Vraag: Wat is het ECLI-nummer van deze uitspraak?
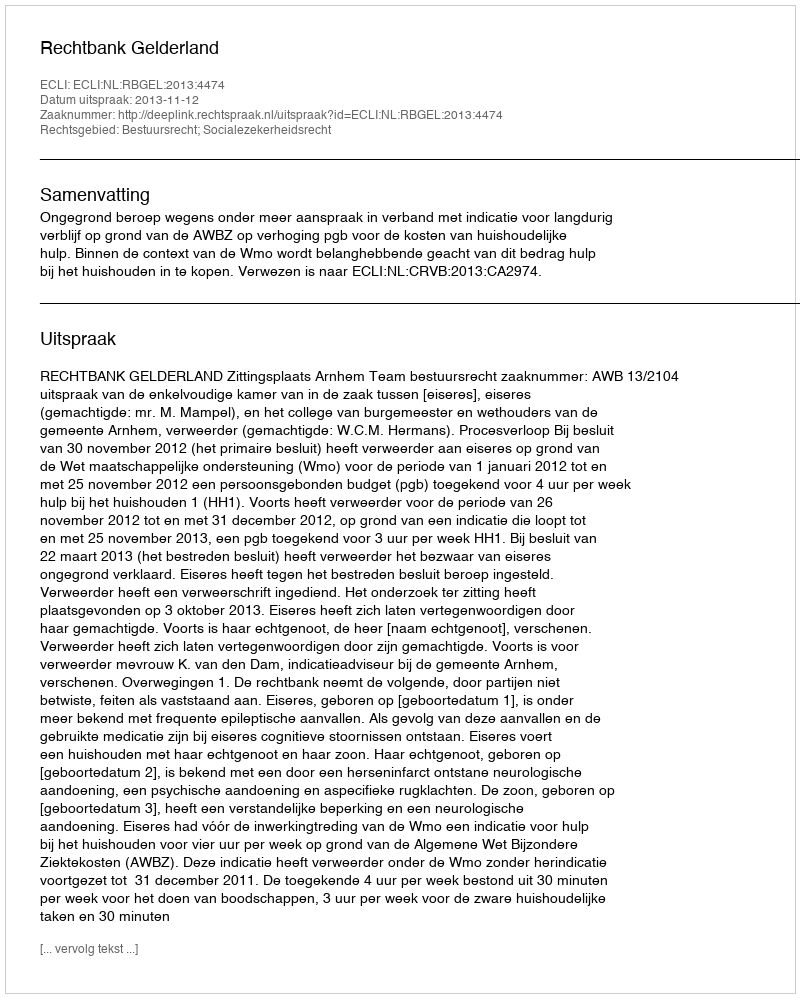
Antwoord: ECLI:NL:RBGEL:2013:4474